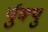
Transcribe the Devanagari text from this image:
र्युक्यु